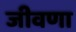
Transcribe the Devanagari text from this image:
जीवणा